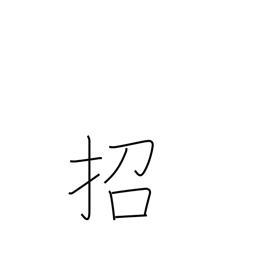
Meaning: beckon